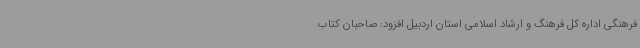
فرهنگی اداره کل فرهنگ و ارشاد اسلامی استان اردبیل افزود: صاحبان کتاب